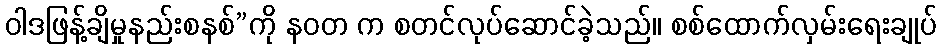
ဝါဒဖြန့်ချိမှုနည်းစနစ်”ကို နဝတ က စတင်လုပ်ဆောင်ခဲ့သည်။ စစ်ထောက်လှမ်းရေးချုပ်